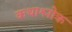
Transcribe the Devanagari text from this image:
कथाश्लोक